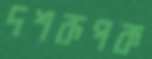
দশরূপক